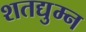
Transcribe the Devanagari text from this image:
शतद्युम्न